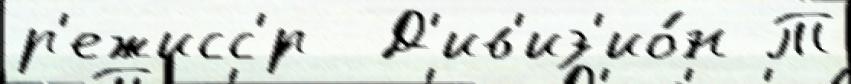
р'ежисс'́р  Д'ив'из'ио́н Т